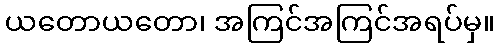
ယတောယတော၊ အကြင်အကြင်အရပ်မှ။